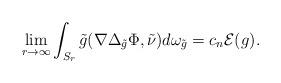
LaTeX: \begin{align*}\lim_{r\rightarrow\infty}\int_{S_r}\tilde{g}(\nabla\Delta_{\tilde{g}}\Phi,\tilde{\nu})d\omega_{\tilde{g}}&=c_n\mathcal{E}(g).\end{align*}